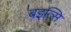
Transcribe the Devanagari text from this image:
बइत्सि